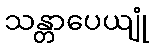
သန္တာပေယျုံ